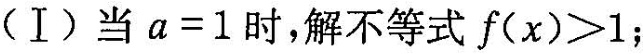
(Ⅰ)当$$a=1$$时，解不等式$$f(x)>1$$；